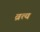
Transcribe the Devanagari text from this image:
व्रत्य